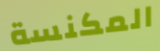
المكنسة